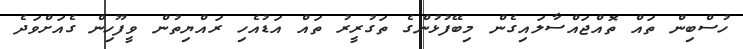
ހުސްބިން ތައް ތޮއްޖައްސާލައިގެން މިބޭފުޅުންގެ ތަގުރީރު ތައް އަޑުއެހި ރައްޔިތުން ވީފޫހިން ގެއަށްވަދެ